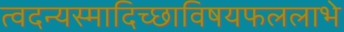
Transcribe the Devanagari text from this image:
त्वदन्यस्मादिच्छाविषयफललाभे